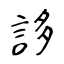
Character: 誃